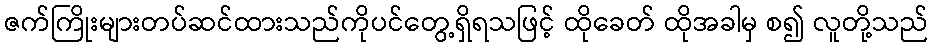
ဇက်ကြိုးများတပ်ဆင်ထားသည်ကိုပင်တွေ့ရှိရသဖြင့် ထိုခေတ် ထိုအခါမှ စ၍ လူတို့သည်